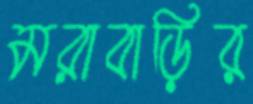
মরাবাড়ির